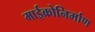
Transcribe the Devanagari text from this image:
माईक्रोनिर्माण